画像に写った文字を読んでください
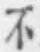
「不」と書いてあります